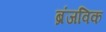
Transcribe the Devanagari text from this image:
ब्रंजविक